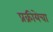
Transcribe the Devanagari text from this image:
प्रक्रीयेचा